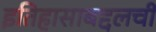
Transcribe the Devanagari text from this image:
इतिहासाबद्दलची